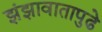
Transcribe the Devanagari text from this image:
झंझावातापुढे